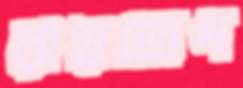
রায়ভোগ